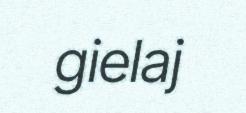
gielaj